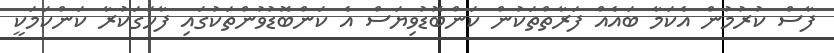
ފާސް ކުރުމުން އެކަމާ ބައެއް ފަރާތްތަކުން ކަންބޮޑުވިޔަސް އެ ކަންބޮޑުވުންތަކުގައި ފާހަގަކުރާ ކަންކަމަކީ